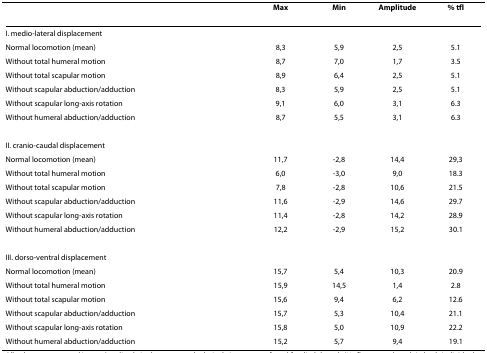
<table><thead><tr><td></td><td><b>Max</b></td><td><b>Min</b></td><td><b>Amplitude</b></td><td><b>% tfl</b></td></tr></thead><tbody><tr><td>I. medio-lateral displacement</td><td></td><td></td><td></td><td></td></tr><tr><td>Normal locomotion (mean)</td><td>8,3</td><td>5,9</td><td>2,5</td><td>5.1</td></tr><tr><td>Without total humeral motion</td><td>8,7</td><td>7,0</td><td>1,7</td><td>3.5</td></tr><tr><td>Without total scapular motion</td><td>8,9</td><td>6,4</td><td>2,5</td><td>5.1</td></tr><tr><td>Without scapular abduction/adduction</td><td>8,3</td><td>5,9</td><td>2,5</td><td>5.1</td></tr><tr><td>Without scapular long-axis rotation</td><td>9,1</td><td>6,0</td><td>3,1</td><td>6.3</td></tr><tr><td>Without humeral abduction/adduction</td><td>8,7</td><td>5,5</td><td>3,1</td><td>6.3</td></tr><tr><td>II. cranio-caudal displacement</td><td></td><td></td><td></td><td></td></tr><tr><td>Normal locomotion (mean)</td><td>11,7</td><td>-2,8</td><td>14,4</td><td>29,3</td></tr><tr><td>Without total humeral motion</td><td>6,0</td><td>-3,0</td><td>9,0</td><td>18.3</td></tr><tr><td>Without total scapular motion</td><td>7,8</td><td>-2,8</td><td>10,6</td><td>21.5</td></tr><tr><td>Without scapular abduction/adduction</td><td>11,6</td><td>-2,9</td><td>14,6</td><td>29.7</td></tr><tr><td>Without scapular long-axis rotation</td><td>11,4</td><td>-2,8</td><td>14,2</td><td>28.9</td></tr><tr><td>Without humeral abduction/adduction</td><td>12,2</td><td>-2,9</td><td>15,2</td><td>30.1</td></tr><tr><td>III. dorso-ventral displacement</td><td></td><td></td><td></td><td></td></tr><tr><td>Normal locomotion (mean)</td><td>15,7</td><td>5,4</td><td>10,3</td><td>20.9</td></tr><tr><td>Without total humeral motion</td><td>15,9</td><td>14,5</td><td>1,4</td><td>2.8</td></tr><tr><td>Without total scapular motion</td><td>15,6</td><td>9,4</td><td>6,2</td><td>12.6</td></tr><tr><td>Without scapular abduction/adduction</td><td>15,7</td><td>5,3</td><td>10,4</td><td>21.1</td></tr><tr><td>Without scapular long-axis rotation</td><td>15,8</td><td>5,0</td><td>10,9</td><td>22.2</td></tr><tr><td>Without humeral abduction/adduction</td><td>15,2</td><td>5,7</td><td>9,4</td><td>19.1</td></tr></tbody></table>